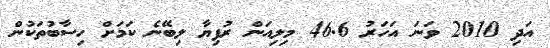
އަދި 2010 ވަނަ އަހަރު 46.6 މިލިއަން ރުފިޔާ ލިބޭނެ ކަމަށް ހިސާބުތަކުން